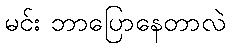
မင်း ဘာပြောနေတာလဲ